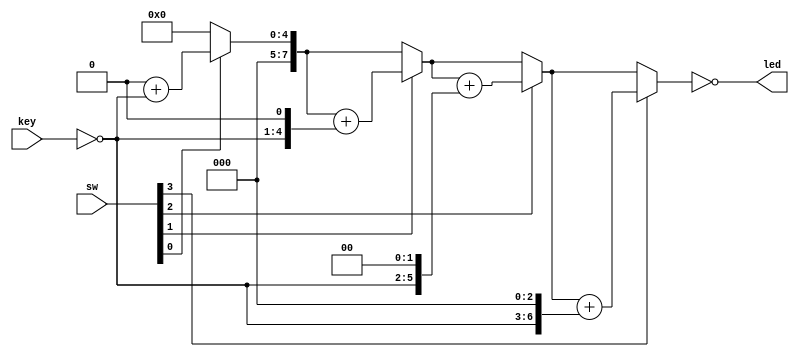
//********************************************************
//
//   Copyright(c)2016, STEP FPGA 
//   All rights reserved
//
//   Module name     :   mult

//   Data            :   2016/08/30
 
//   Version         :   V1.0
//   Description       4 bits multiply
//
//   Modification history
//   ----------------------------------------------------------------------------
// Version       Data(2016/08/30)   V1.0
// Description
//
//********************************************************
// 
// 
//*******************
//DEFINE MODULE PORT
//*******************
module mult
(
	//INPUT
	sw            ,
	key          ,
	
	//OUTPUT
	led		 	 
);

	//*******************
	//DEFINE INPUT
	//*******************
	input   [3:0]       sw			; 
	input   [3:0]       key			;  

	//*******************
	//DEFINE OUTPUT
	//*******************
	output  [7:0]    	led	      	;
	
	//******************** 
	//OUTPUT ATTRIBUTE 
	//********************     
	wire  [7:0]			led			;
	reg	  [7:0]			p			;

	//*********************
	//INNER SIGNAL DECLARATION
	//*********************
	reg   [7:0]			pv			;
	reg	  [7:0]			bp			;
	reg   [3:0]			a			;
	reg   [3:0]			b			;
	integer 			i			;
	
	//*********************
	//MAIN CORE  
	//*********************
	always @ (*)
		begin
			a=sw;
			b=~key;
			pv=8'b0000_0000;
			bp={4'b0000,b};
			for(i=0;i<=3;i=i+1)
				begin 
					if(a[i]==1)
						pv=pv+bp;
					bp={bp[6:0],1'b0};
				end
			p=pv;
		end
		 
	assign led=~p;

endmodule